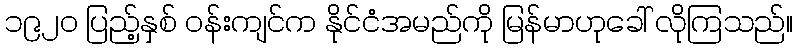
၁၉၂၀ ပြည့်နှစ် ဝန်းကျင်က နိုင်ငံအမည်ကို မြန်မာဟုခေါ် လိုကြသည်။